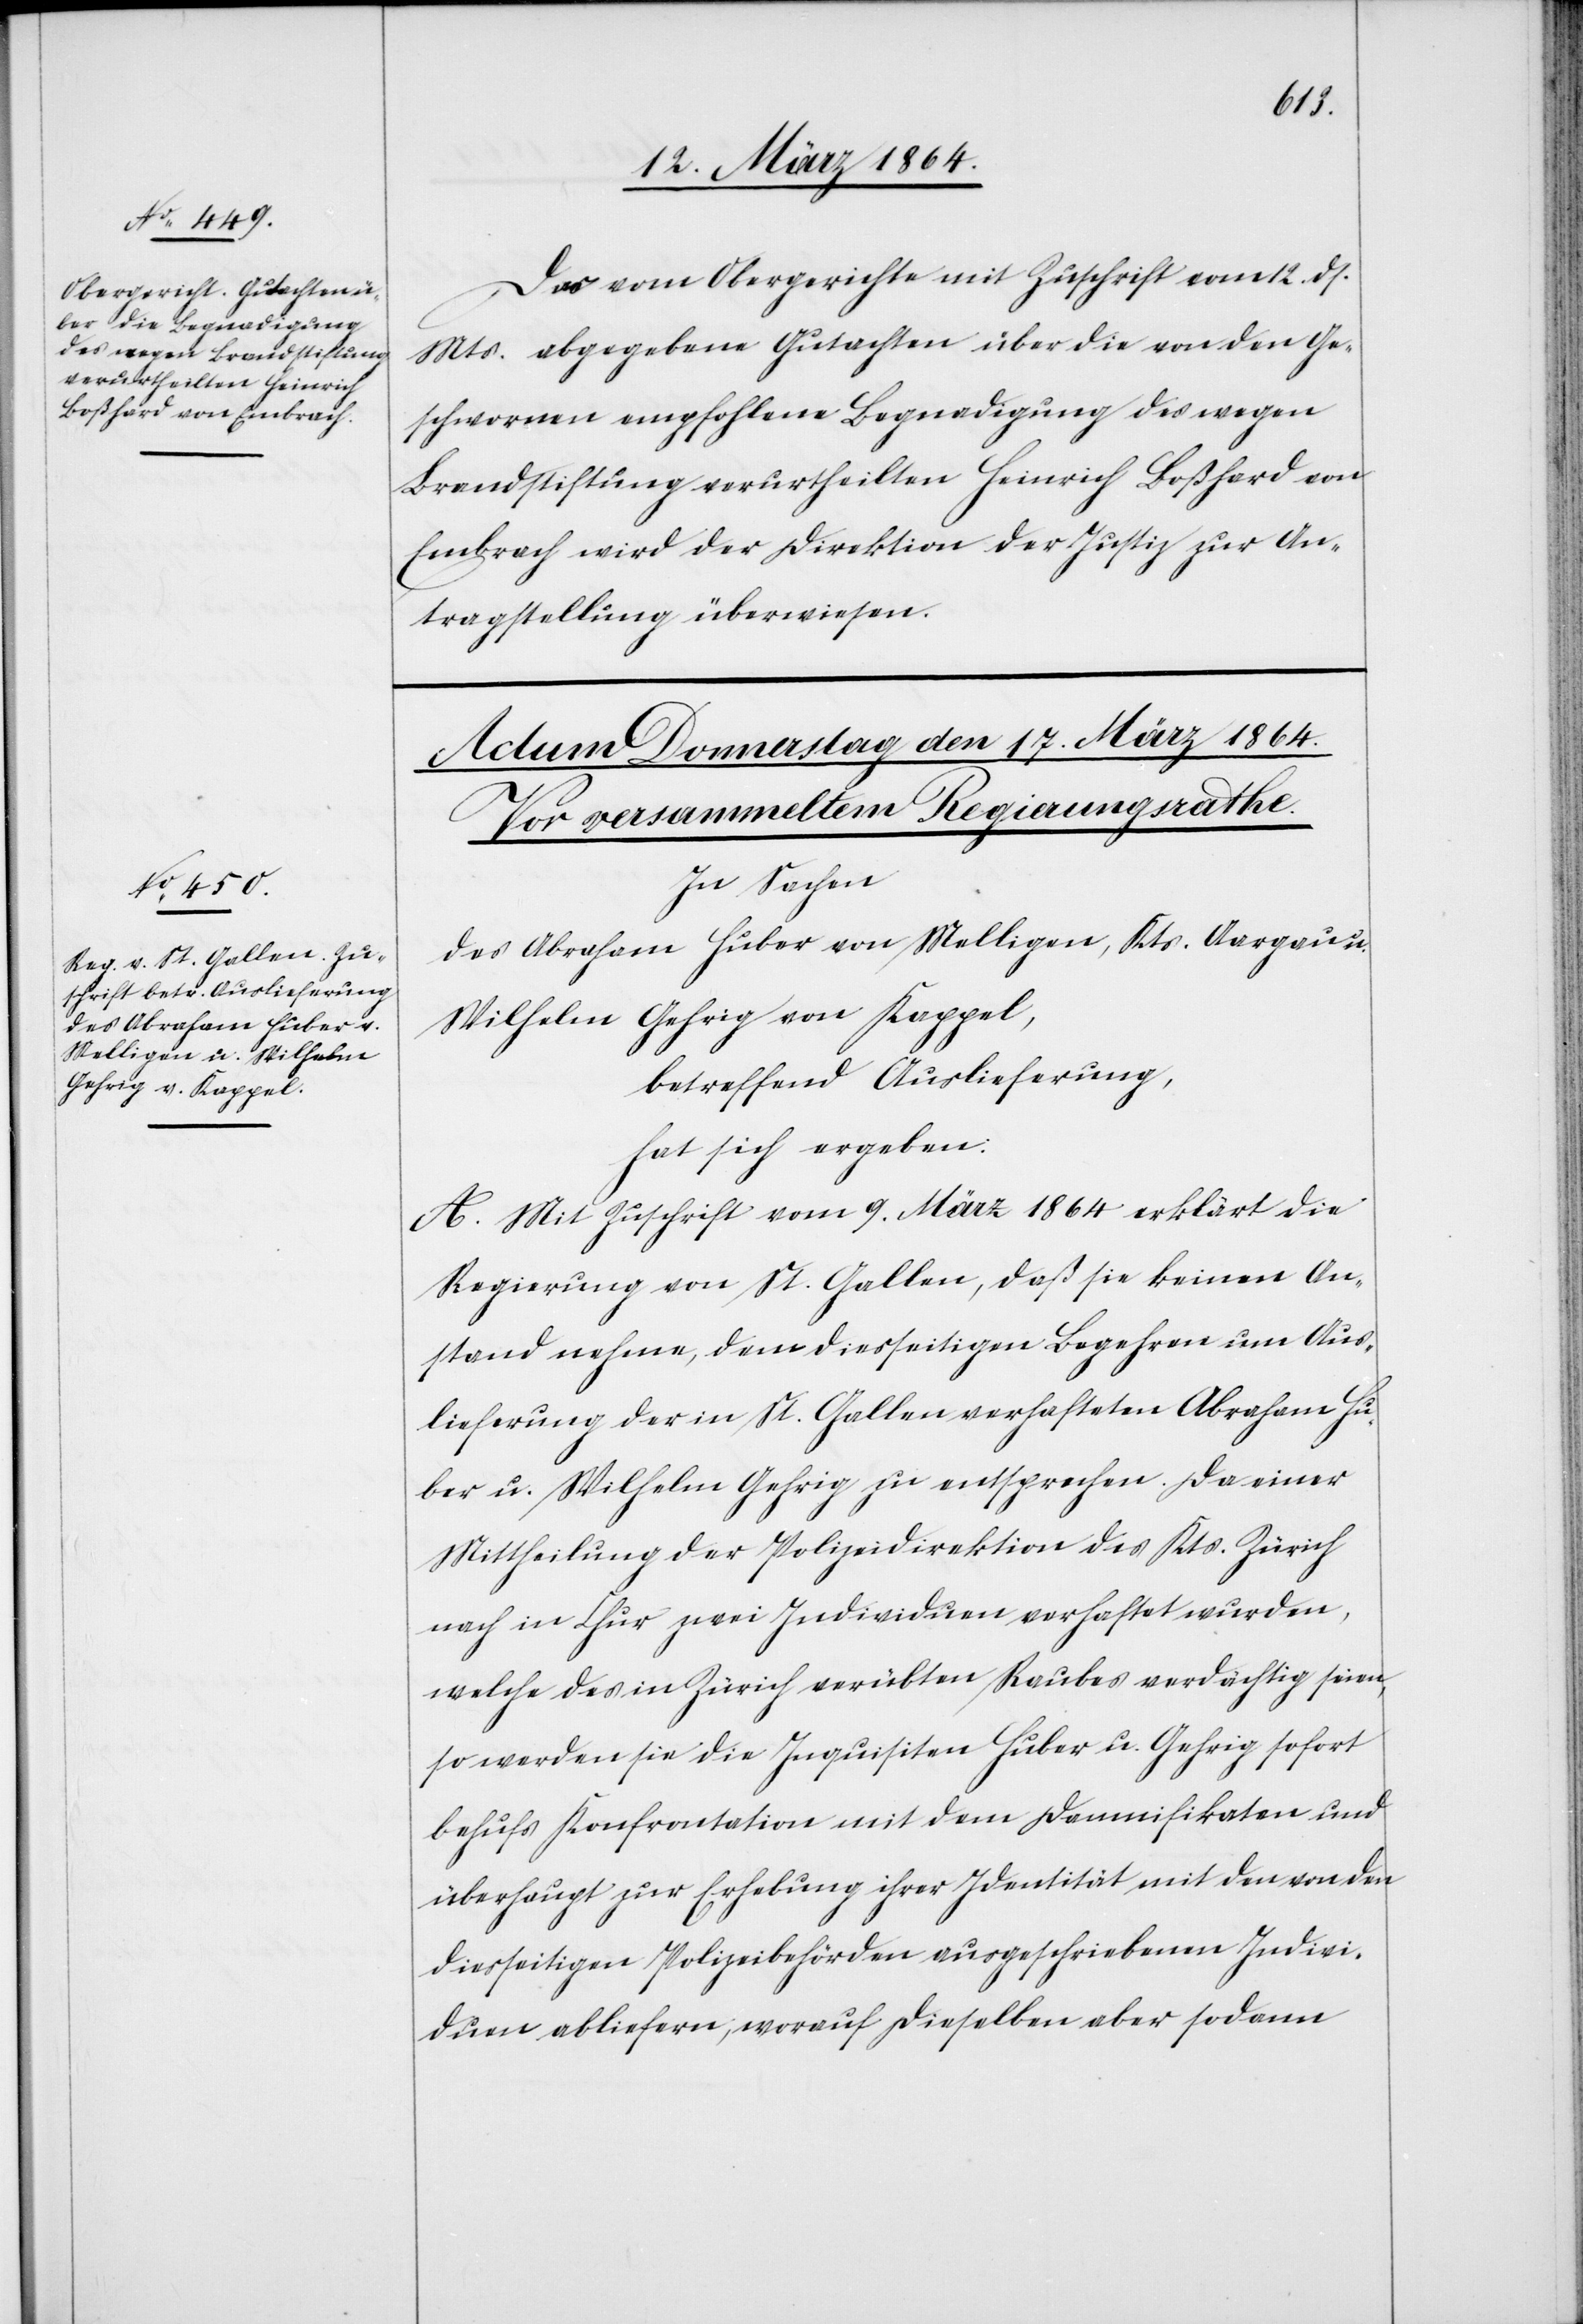
16. März 1864.]
Das vom Obergerichte mit Zuschrift vom 12. ds.
Mts. abgegebene Gutachten über die von den Ge¬
schworenen empfohlene Begnadigung des wegen
Brandstiftung verurtheilten Heinrich Boßhard von
Embrach wird der Direktion der Justiz zur An¬
tragstellung überwiesen.
In Sachen
des Abraham Huber von Melligen, Kts. Aargau u.
Wilhelm Gehrig von Kappel,
betreffend Auslieferung,
hat sich ergeben:
A. Mit Zuschrift vom 9. März 1864 erklärt die
Regierung von St. Gallen, daß sie keinen An¬
stand nehme, dem diesseitigen Begehren um Aus¬
lieferung der in St. Gallen verhafteten Abraham Hu¬
ber u. Wilhelm Gehrig zu entsprechen. Da einer
Mittheilung der Polizeidirektion des Kts. Zürich
nach in Chur zwei Individuen verhaftet wurden,
welche des in Zürich verübten Raubes verdächtig seien,
so werden sie die Inquisiten Huber u. Gehrig sofort
behufs Konfrontation mit dem Damnifikaten und
überhaupt zur Erhebung ihrer Identität mit den von den
diesseitigen Polizeibehörden ausgeschriebenen Indivi¬
duen abliefern, worauf dieselben aber sodann